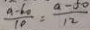
\frac { a - 6 0 } { 1 0 } = \frac { a - 5 0 } { 1 2 }